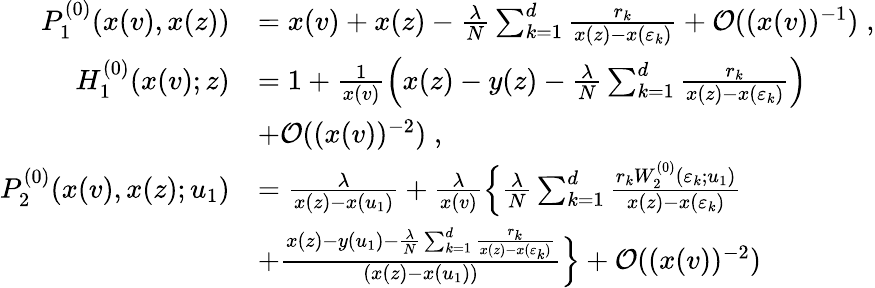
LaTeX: \begin{array}{rl}{P_{1}^{(0)}(x(v),x(z))}&{=x(v)+x(z)-\frac{\lambda}{N}\sum_{k=1}^{d}\frac{r_{k}}{x(z)-x(\varepsilon_{k})}+\mathcal{O}((x(v))^{-1})\; ,}\\ {H_{1}^{(0)}(x(v);z)}&{=1+\frac{1}{x(v)}\Big(x(z)-y(z)-\frac{\lambda}{N}\sum_{k=1}^{d}\frac{r_{k}}{x(z)-x(\varepsilon_{k})}\Big)}\\ &{+\mathcal{O}((x(v))^{-2})\; ,}\\ {P_{2}^{(0)}(x(v),x(z);u_{1})}&{=\frac{\lambda}{x(z)-x(u_{1})}+\frac{\lambda}{x(v)}\Big\{ \frac{\lambda}{N}\sum_{k=1}^{d}\frac{r_{k}W_{2}^{(0)}(\varepsilon_{k};u_{1})}{x(z)-x(\varepsilon_{k})}}\\ &{+\frac{x(z)-y(u_{1})-\frac{\lambda}{N}\sum_{k=1}^{d}\frac{r_{k}}{x(z)-x(\varepsilon_{k})}}{(x(z)-x(u_{1}))}\Big\} +\mathcal{O}((x(v))^{-2})}\end{array}